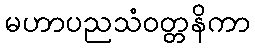
မဟာပညသံဝတ္တနိကာ